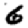
Digit: 6